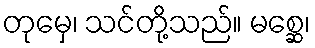
တုမှေ၊ သင်တို့သည်။ မစ္ဆေ၊